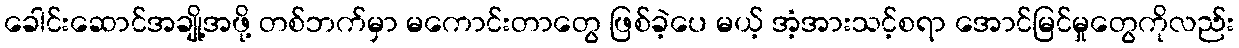
ခေါင်းဆောင်အချို့အဖို့ တစ်ဘက်မှာ မကောင်းတာတွေ ဖြစ်ခဲ့ပေ မယ့် အံ့အားသင့်စရာ အောင်မြင်မှုတွေကိုလည်း